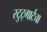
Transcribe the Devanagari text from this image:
स्टुट्गार्टचा